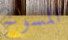
المسوخ